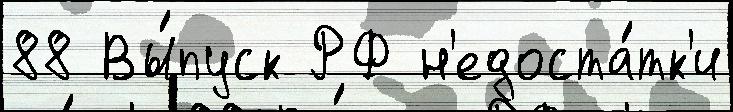
88 Вы́пуск РФ н'едоста́тк'и